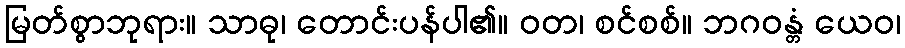
မြတ်စွာဘုရား။ သာဓု၊ တောင်းပန်ပါ၏။ ဝတ၊ စင်စစ်။ ဘဂဝန္တံ ယေဝ၊